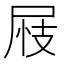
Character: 𡱪